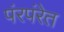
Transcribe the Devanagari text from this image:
पंरपंरेत